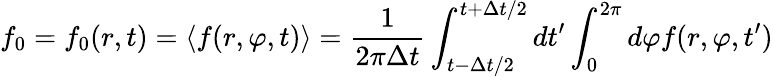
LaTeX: f_{0}=f_{0}(r,t)=\langle f(r,\varphi,t)\rangle=\frac{1}{2\pi\Delta t}\int_{t-\Delta t/2}^{t+\Delta t/2}dt^{\prime}\int_{0}^{2\pi}d\varphi f(r,\varphi,t^{\prime})